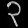
Digit: ၃